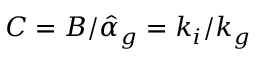
C = B / { \hat { \alpha } _ { g } } = k _ { i } / k _ { g }